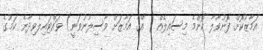
އަމާޒުކޮށް ފޮނުވާލާ ކޮންމެ މިސައިލެއް ( އޭގެ އަމާޒަށް ވާސިލުނުވަަނީ) ވައްޓައިލެވިދާނެ ކަމުގެ